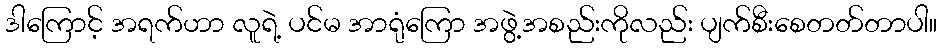
ဒါကြောင့် အရက်ဟာ လူရဲ့ ပင်မ အာရုံကြော အဖွဲ့အစည်းကိုလည်း ပျက်စီးစေတတ်တာပါ။